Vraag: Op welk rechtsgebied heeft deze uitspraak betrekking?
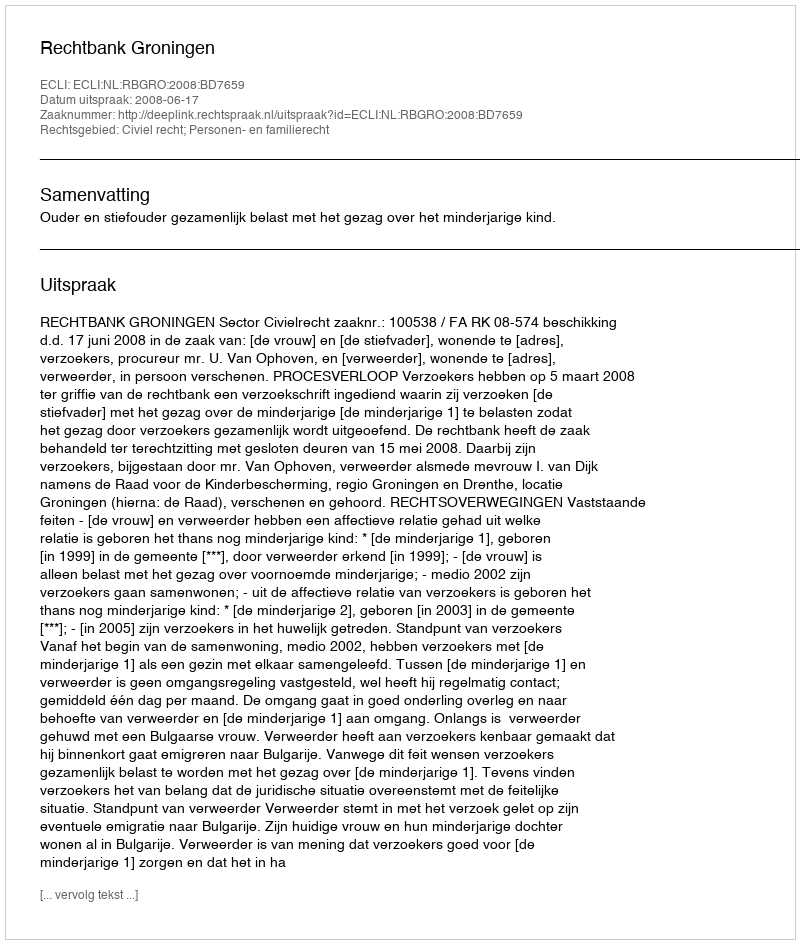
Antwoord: Civiel recht; Personen- en familierecht